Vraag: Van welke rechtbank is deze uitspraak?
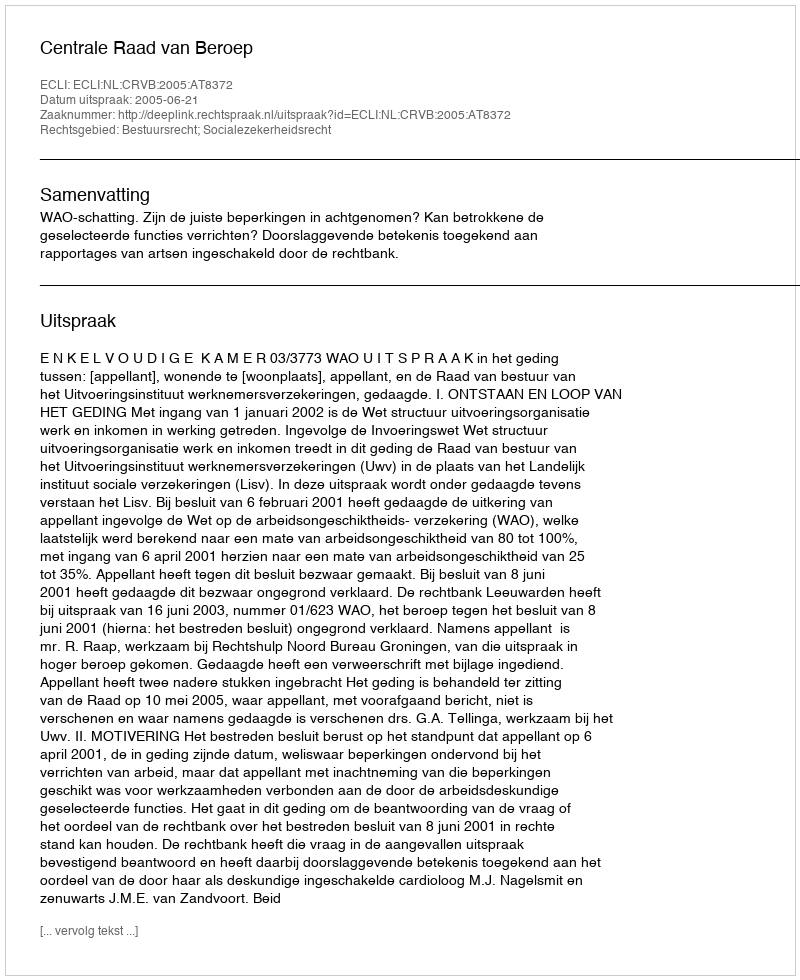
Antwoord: Centrale Raad van Beroep